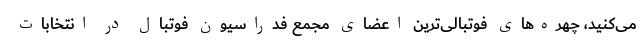
می‌کنید، چهره‌های فوتبالی‌ترین اعضای مجمع فدراسیون فوتبال در انتخابات